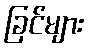
ခြင်များ